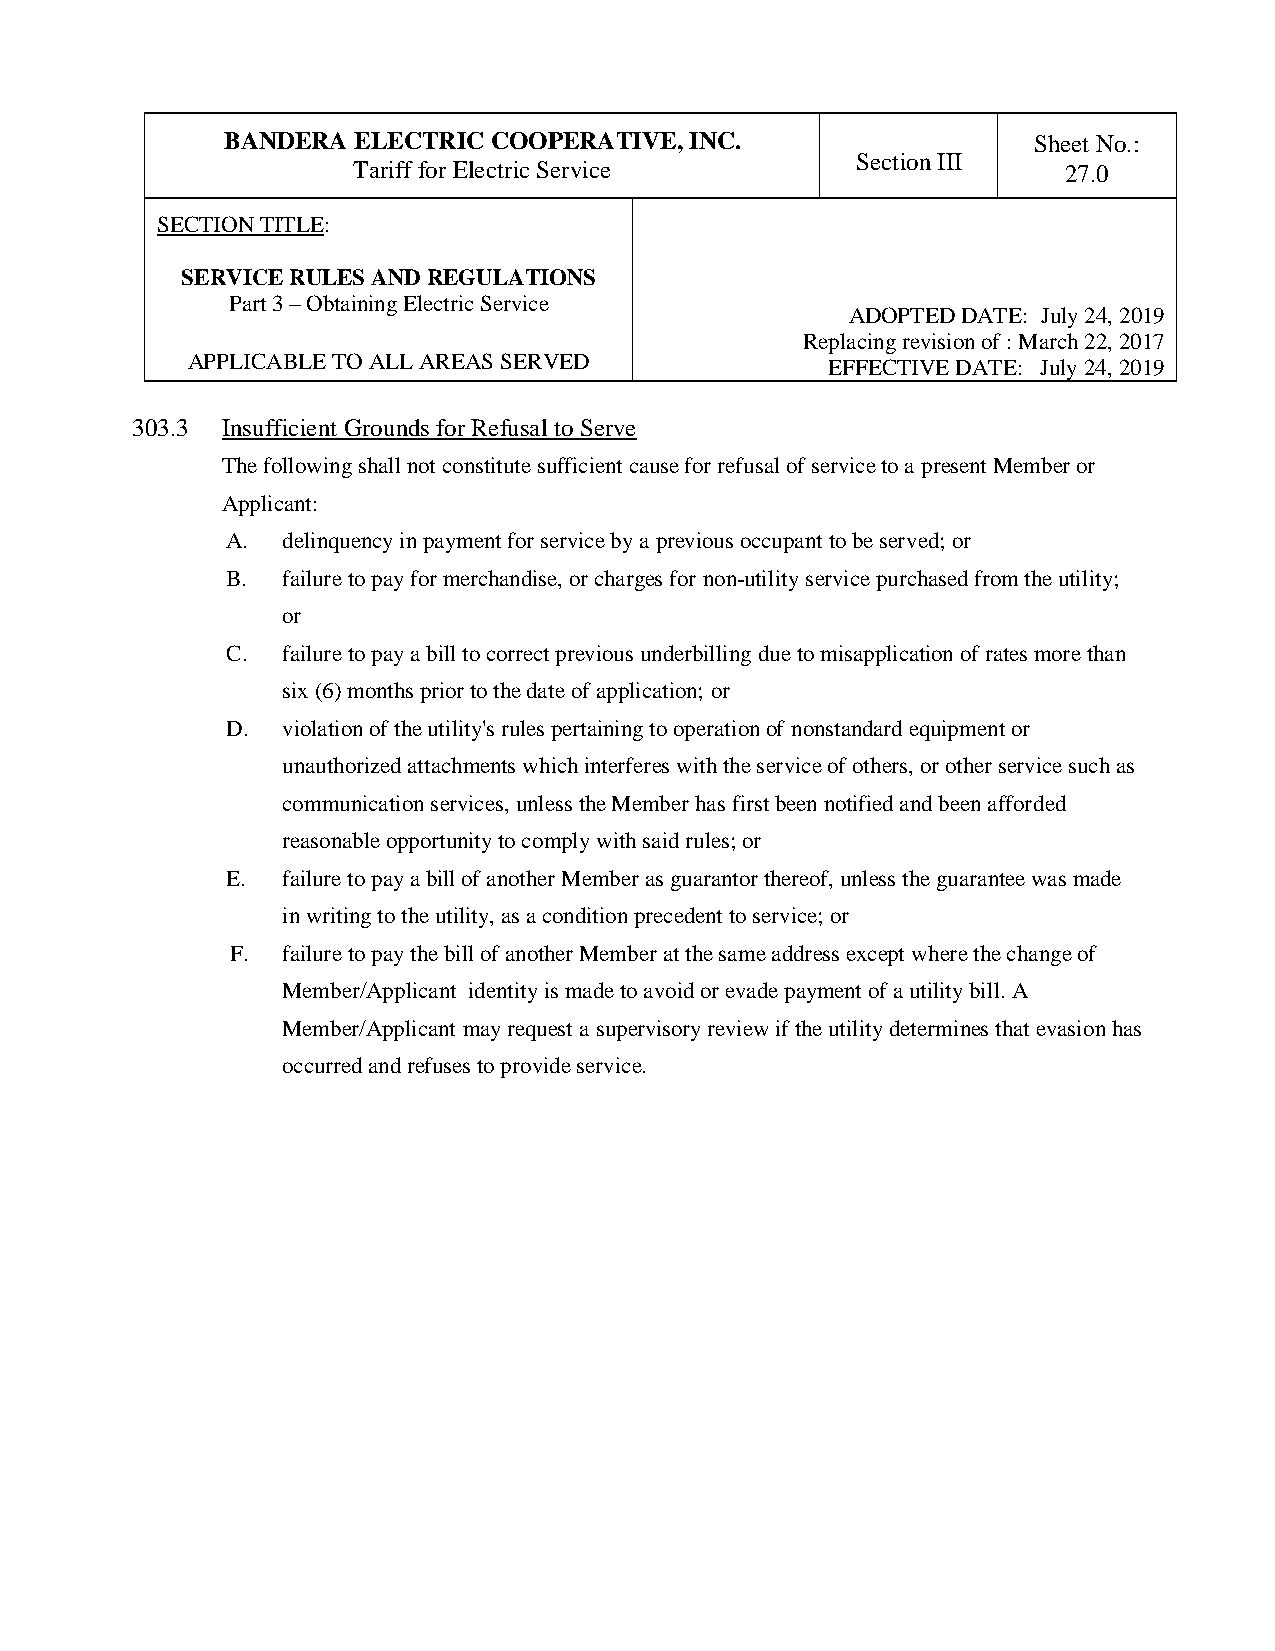
BANDERA ELECTRIC COOPERATIVE,  INC.                  Sheet No.:
 Section III
 Tariff for Electric Service                     27.0
 SECTION TITLE:
 SERVICE RULES AND REGULATIONS
 Part 3 – Obtaining Electric Service
 ADOPTED DATE: July 24, 2019
 Replacing revision of : March 22, 2017
 APPLICABLE TO ALL AREAS SERVED             EFFECTIVE DATE: July 24, 2019
 303.3 Insufficient Grounds for Refusal to Serve
 The following shall not constitute sufficient cause for refusal of service to a present Member or
 Applicant:
 A.  delinquency in payment for service by a previous occupant to be served; or
 B.  failure to pay for merchandise, or charges for non-utility service purchased from the utility;
 or
 C.  failure to pay a bill to correct previous underbilling due to misapplication of rates more than
 six (6) months prior to the date of application; or
 D.  violation of the utility's rules pertaining to operation of nonstandard equipment or
 unauthorized attachments which interferes with the service of others, or other service such as
 communication services, unless the Member has first been notified and been afforded
 reasonable opportunity to comply with said rules; or
 E.  failure to pay a bill of another Member as guarantor thereof, unless the guarantee was made
 in writing to the utility, as a condition precedent to service; or
 F.  failure to pay the bill of another Member at the same address except where the change of
 Member/Applicant identity is made to avoid or evade payment of a utility bill. A
 Member/Applicant may request a supervisory review if the utility determines that evasion has
 occurred and refuses to provide service.